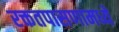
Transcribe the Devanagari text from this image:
रक्ततपासणामध्ये